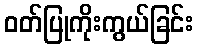
ဝတ်ပြုကိုးကွယ်ခြင်း